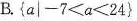
B.$$\left \{ a\mid -7<a<24 \right \}$$